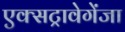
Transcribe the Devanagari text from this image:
एक्सट्रावेगेंजा